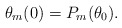
\begin{align*}\theta_m(0) = P_m(\theta_0).\end{align*}